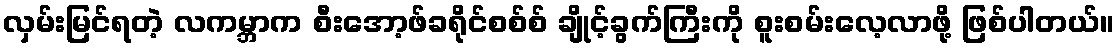
လှမ်းမြင်ရတဲ့ လကမ္ဘာက စီးအော့ဖ်ခရိုင်စစ်စ် ချိုင့်ခွက်ကြီးကို စူးစမ်းလေ့လာဖို့ ဖြစ်ပါတယ်။